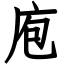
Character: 庖